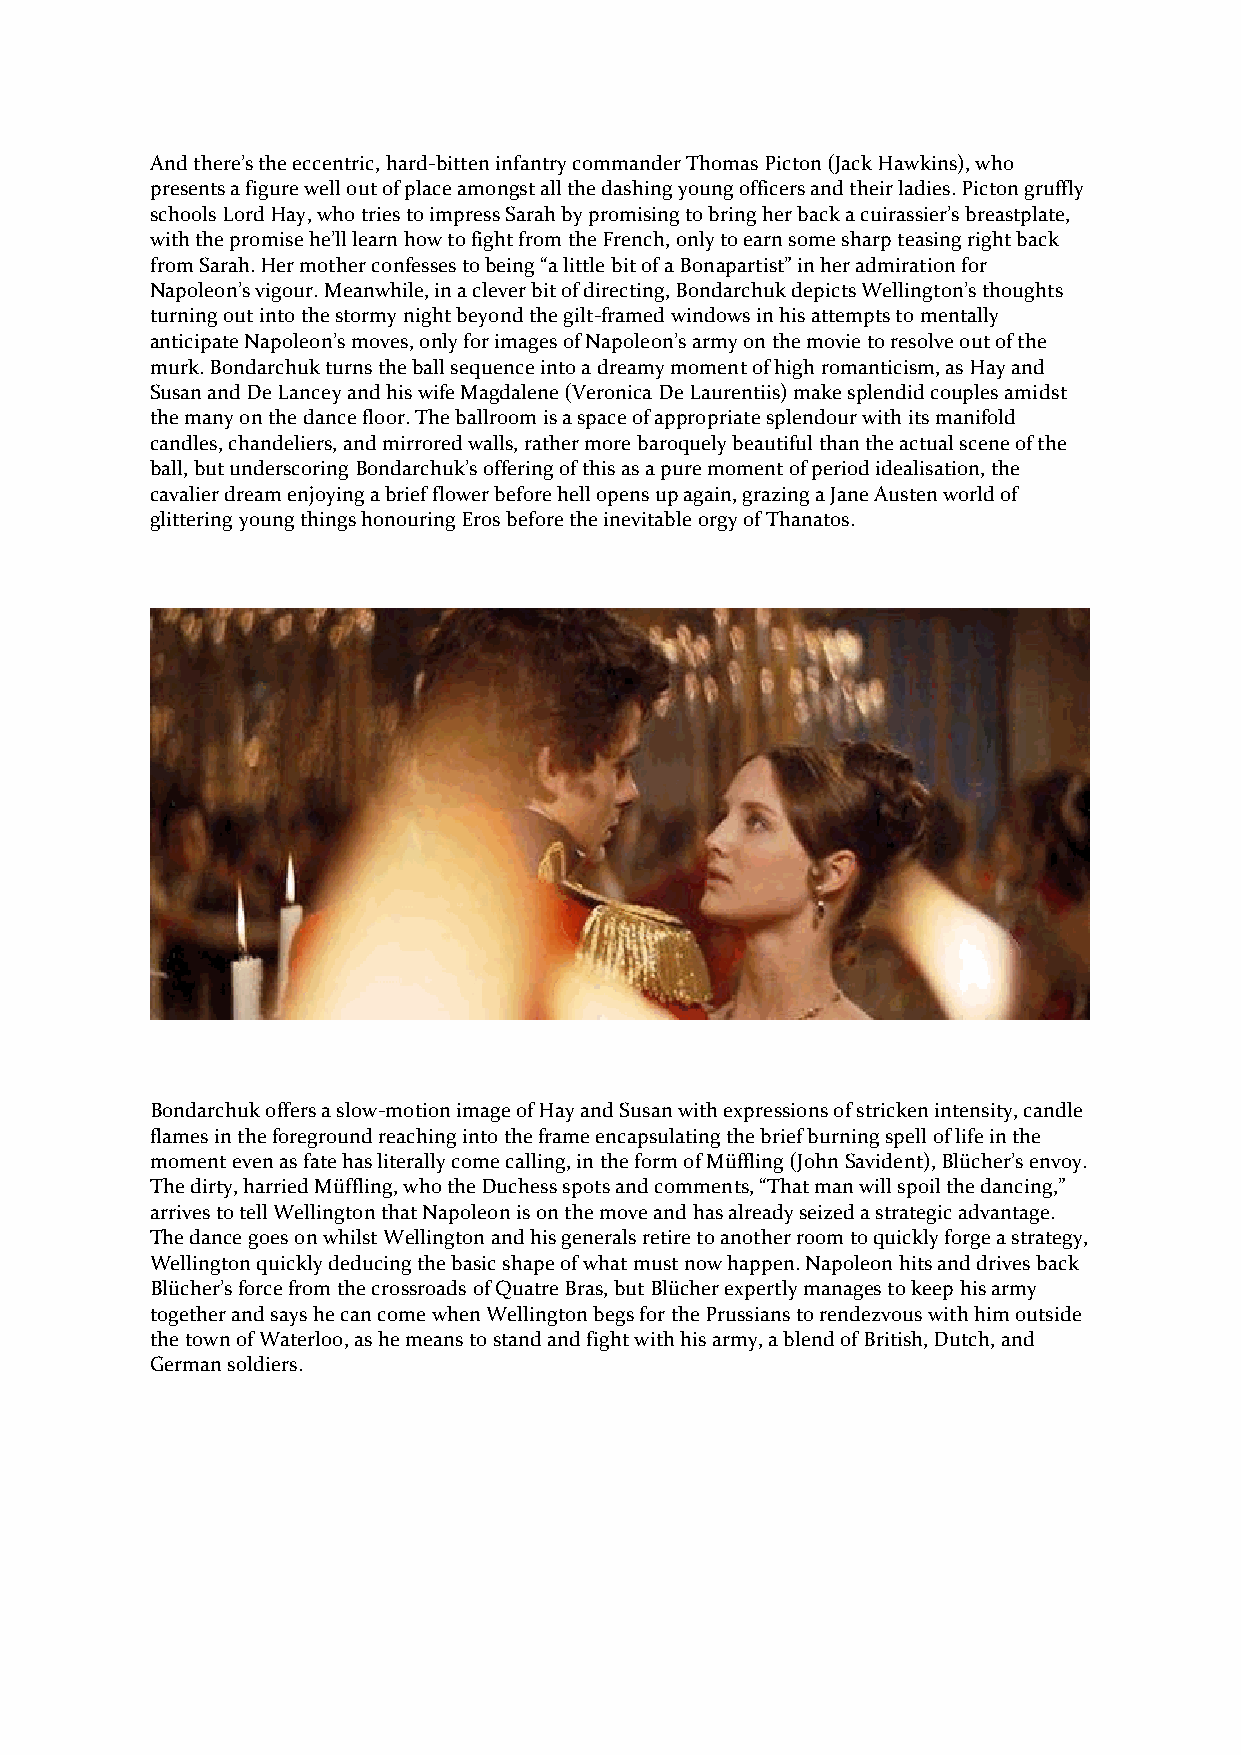
And there’s the eccentric, hard-bitten infantry commander Thomas Picton (Jack Hawkins), who
 presents a figure well out of place amongst all the dashing young officers and their ladies. Picton gruffly
 schools Lord Hay, who tries to impress Sarah by promising to bring her back a cuirassier’s breastplate,
 with the promise he’ll learn how to fight from the French, only to earn some sharp teasing right back
 from Sarah. Her mother confesses to being “a little bit of a Bonapartist” in her admiration for
 Napoleon’s vigour. Meanwhile, in a clever bit of directing, Bondarchuk depicts Wellington’s thoughts
 turning out into the stormy night beyond the gilt-framed windows in his attempts to mentally
 anticipate Napoleon’s moves, only for images of Napoleon’s army on the movie to resolve out of the
 murk. Bondarchuk turns the ball sequence into a dreamy moment of high romanticism, as Hay and
 Susan and De Lancey and his wife Magdalene (Veronica De Laurentiis) make splendid couples amidst
 the many on the dance floor. The ballroom is a space of appropriate splendour with its manifold
 candles, chandeliers, and mirrored walls, rather more baroquely beautiful than the actual scene of the
 ball, but underscoring Bondarchuk’s offering of this as a pure moment of period idealisation, the
 cavalier dream enjoying a brief flower before hell opens up again, grazing a Jane Austen world of
 glittering young things honouring Eros before the inevitable orgy of Thanatos.
 Bondarchuk offers a slow-motion image of Hay and Susan with expressions of stricken intensity, candle
 flames in the foreground reaching into the frame encapsulating the brief burning spell of life in the
 moment even as fate has literally come calling, in the form of Müffling (John Savident), Blücher’s envoy.
 The dirty, harried Müffling, who the Duchess spots and comments, “That man will spoil the dancing,”
 arrives to tell Wellington that Napoleon is on the move and has already seized a strategic advantage.
 The dance goes on whilst Wellington and his generals retire to another room to quickly forge a strategy,
 Wellington quickly deducing the basic shape of what must now happen. Napoleon hits and drives back
 Blücher’s force from the crossroads of Quatre Bras, but Blücher expertly manages to keep his army
 together and says he can come when Wellington begs for the Prussians to rendezvous with him outside
 the town of Waterloo, as he means to stand and fight with his army, a blend of British, Dutch, and
 German soldiers.